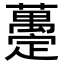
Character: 𧄌